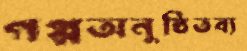
গপ্পঅনুষ্ঠিতব্য